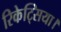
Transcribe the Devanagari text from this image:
रिकेट्सिया।